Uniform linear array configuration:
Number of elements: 4
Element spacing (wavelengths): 1
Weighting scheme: exponential
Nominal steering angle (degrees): -60
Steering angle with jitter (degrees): -61.719
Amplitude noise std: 0.05
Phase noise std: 0.05

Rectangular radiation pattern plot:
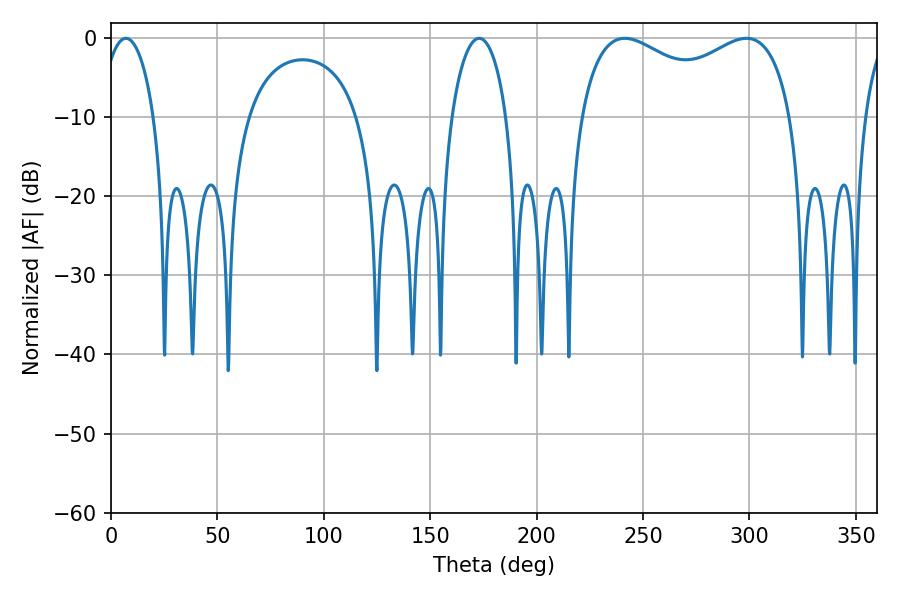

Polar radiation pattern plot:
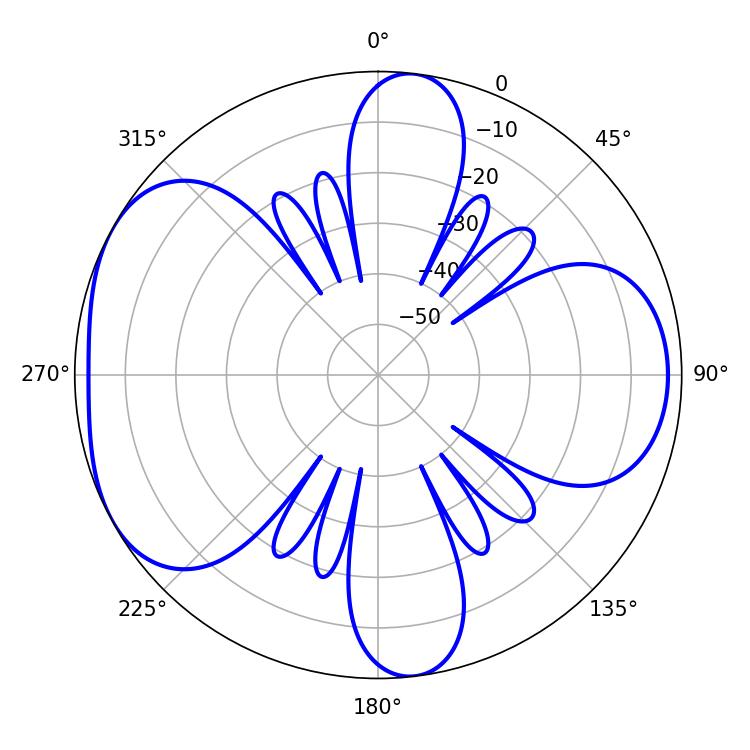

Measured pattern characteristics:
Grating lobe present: TRUE
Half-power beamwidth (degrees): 82.8
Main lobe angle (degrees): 241.38